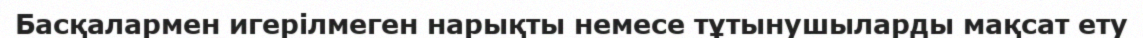
Басқалармен игерілмеген нарықты немесе тұтынушыларды мақсат ету